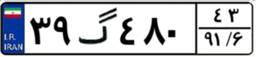
۳۹گ۴۸۰۴۳